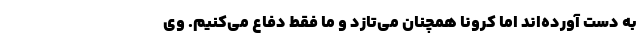
به دست آورده‌اند اما کرونا همچنان می‌تازد و ما فقط دفاع می‌کنیم. وی